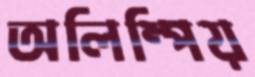
অলিম্পিয়